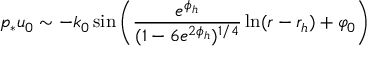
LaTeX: p _ { * } u _ { 0 } \sim - k _ { 0 } \, \mathrm { s i n } \left( \frac { e ^ { \phi _ { h } } } { ( 1 - 6 e ^ { 2 \phi _ { h } } ) ^ { 1 / 4 } } \ln ( r - r _ { h } ) + \varphi _ { 0 } \right)